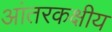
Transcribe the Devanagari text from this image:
आंतरकक्षीय